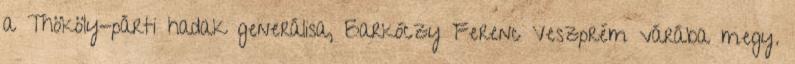
a Thököly-párti hadak generálisa, Barkóczy Ferenc Veszprém várába megy.